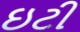
ઇટી